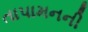
તાપામનની